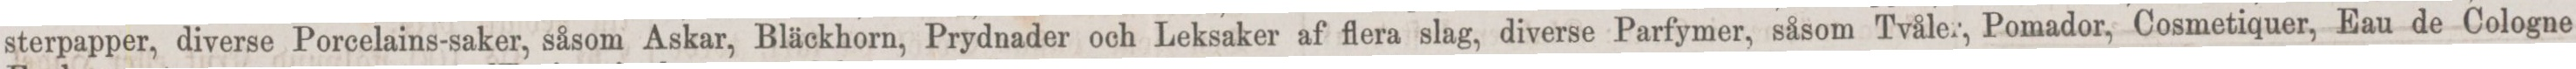
sterpapper, diverse Porcelains-saker, såsom Askar, Bläckhorn, Prydnader och Leksaker af flera slag, diverse Parfymer, såsom Tvåle.; Pomador, Cosmetiquer, Eau de Cologne